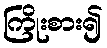
ကြိုးစား၍